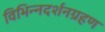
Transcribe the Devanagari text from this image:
विभिन्नदर्शनग्रहण